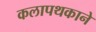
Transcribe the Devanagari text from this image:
कलापथकाने